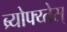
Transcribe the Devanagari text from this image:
ब्र्योफ्य्तेस्